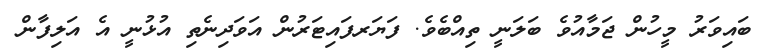
ބައިވަރު މީހުން ޖަމާއުވެ ބަލަނީ ތިއްބެވެ. ފަޔަރފައިޓަރުން އަވަދިނެތި އުޅުނީ އެ އަލިފާން